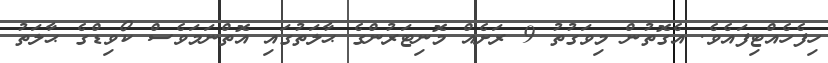
ހިފެހެއްޓިފައެވެ. އެގޮތުން މިވަގުތު 9 ރަށެއް މޮނިޓަރުންގެ ޙާލަތުގައި އޮތްނަމަވެސް ކޯވިޑްގެ ޙާލަތު